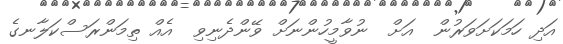
އަދި ހަމަކަށަވަރުން  އަށް  ނުވާމީހުންނަށް ވޭންދެނިވި  އެއް ތިމަންރަސްކަލާނގެ